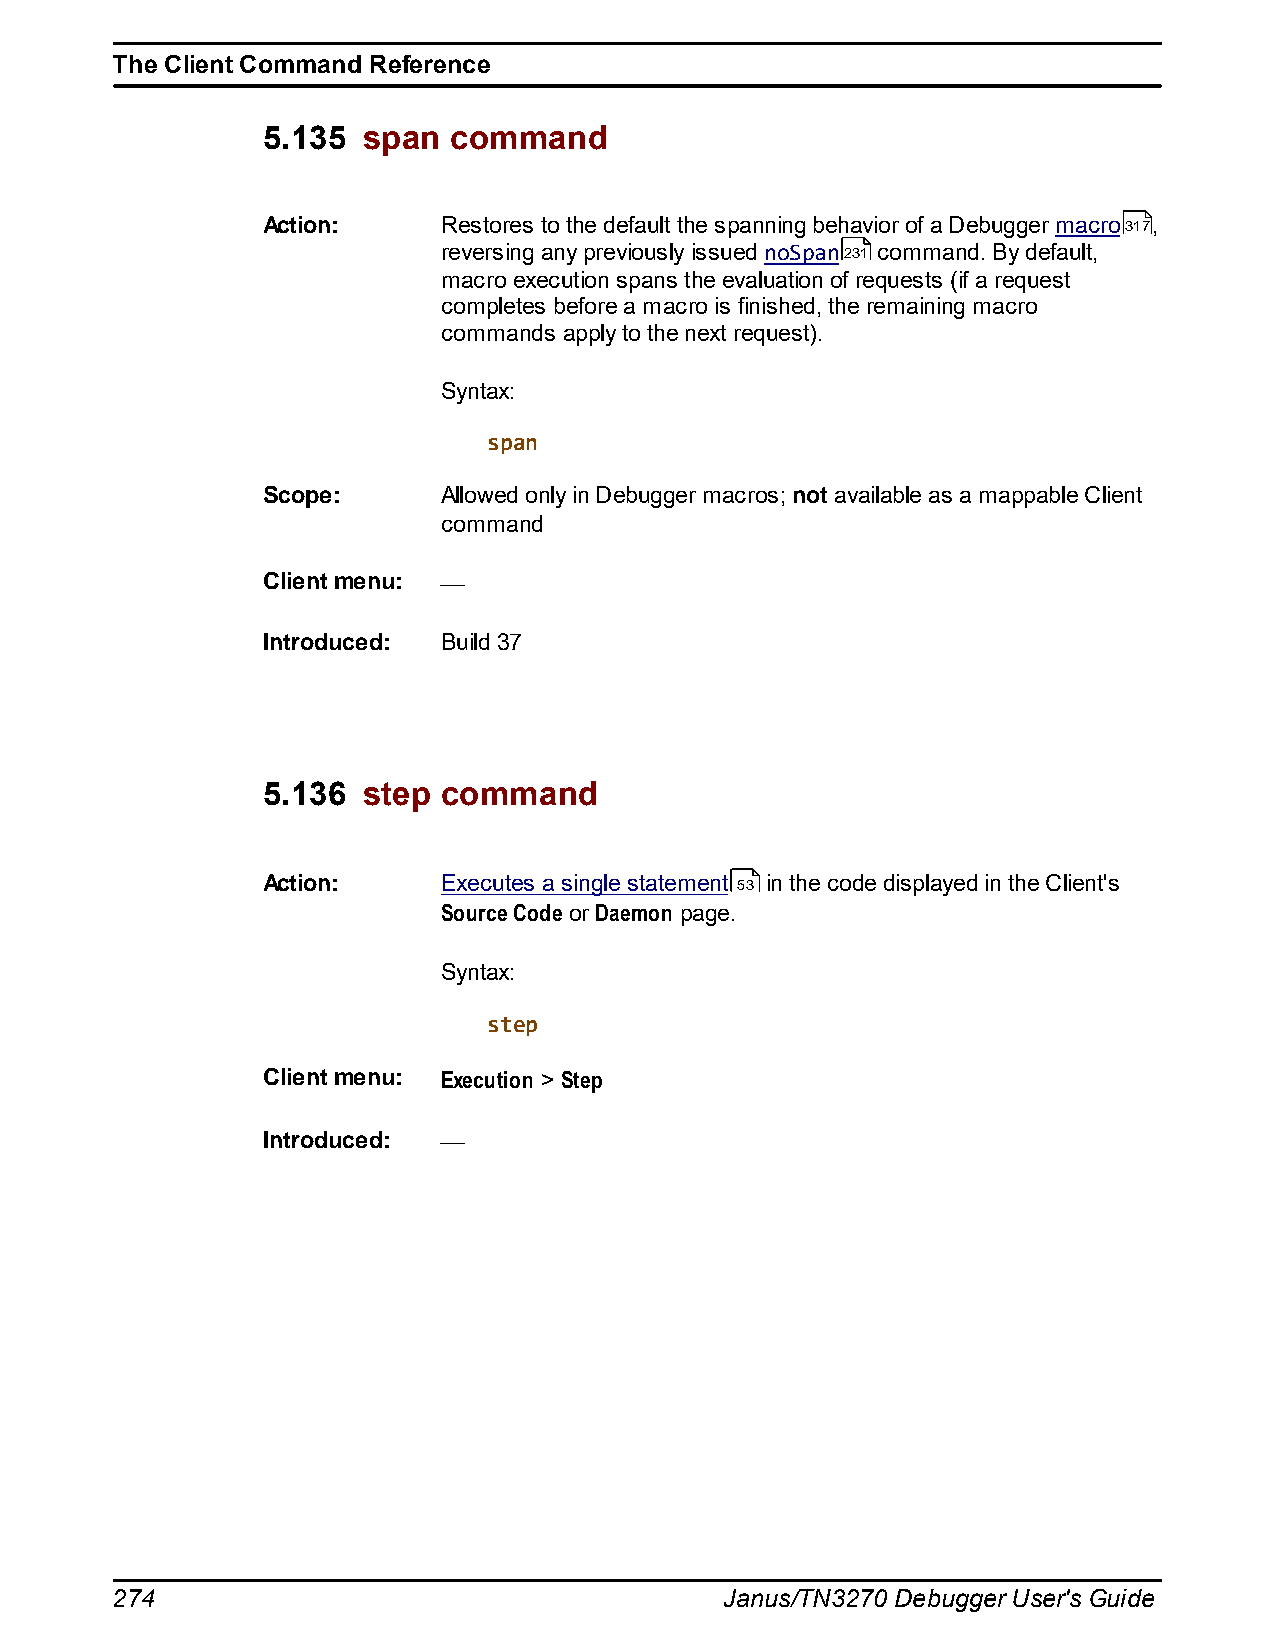
The Client Command Reference
 5.135  span  command
 Action:     Restores to the default the spanning behavior of a Debugger macro317,
 reversing any previously issued noSpan231 command. By default,
 macro execution spans the evaluation of requests (if a request
 completes before a macro is finished, the remaining macro
 commands apply to the next request).
 Syntax:
 span
 Scope:      Allowed only in Debugger macros; not available as a mappable Client
 command
 Client menu:
 Introduced: Build 37
 5.136  step command
 Action:     Executes a single statement 53 in the code displayed in the Client's
 Source Code or Daemon page.
 Syntax:
 step
 Client menu: Execution > Step
 Introduced:
 274                                      Janus/TN3270 Debugger User's Guide